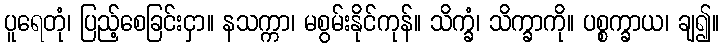
ပူရေတုံ၊ ပြည့်စေခြင်းငှာ။ နသက္ကာ၊ မစွမ်းနိုင်ကုန်။ သိက္ခံ၊ သိက္ခာကို။ ပစ္စက္ခာယ၊ ချ၍။